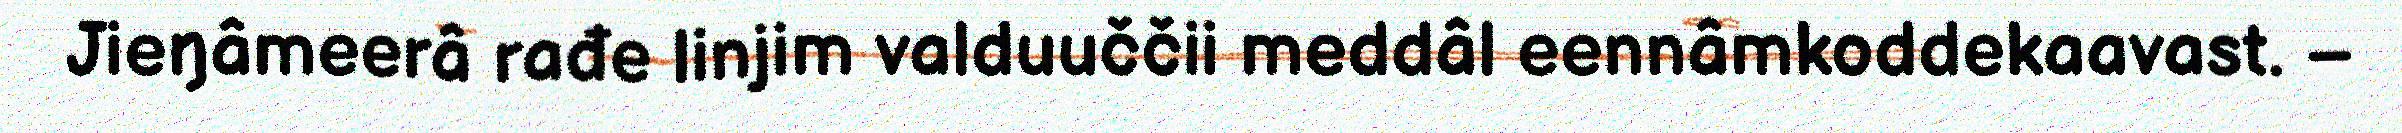
Jieŋâmeerâ rađe linjim valduuččii meddâl eennâmkoddekaavast. –